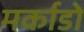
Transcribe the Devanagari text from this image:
मर्काडो